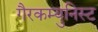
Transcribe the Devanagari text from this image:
गैरकम्युनिस्ट